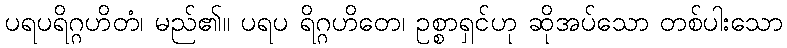
ပရပရိဂ္ဂဟိတံ၊ မည်၏။ ပရပ ရိဂ္ဂဟိတေ၊ ဥစ္စာရှင်ဟု ဆိုအပ်သော တစ်ပါးသော